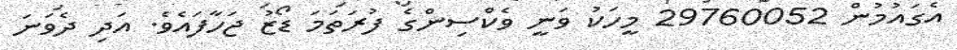
އެގައުމުން 29760052 މީހަކު ވަނީ ވެކްސިންގެ ފުރަތަމަ ޑޯޒު ޖަހާފައެވެ. އަދި ދެވަނަ